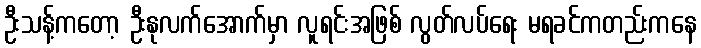
ဦးသန့်ကတော့ ဦးနုလက်အောက်မှာ လူရင်းအဖြစ် လွတ်လပ်ရေး မရခင်ကတည်းကနေ